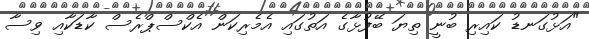
"އަޅުގަނޑު ކައިރި ބުނީ ތިޔަ ބޭފުޅާގެ އަތުގައި އެމެރިކަން އެކްސްޕްރެސް ކާޑަކާއި ވިސާ